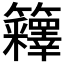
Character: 𰪤